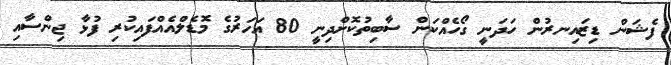
ފެޝަން ޑިޒައިނރުން ހަދަނީ ގޯހެއްކަން ސާބިތުކޮށްދިނީ 80 އަހަރުގެ މޮޑެލްއެއްފައިކުރި ފުޅާ ޖިންސާއި